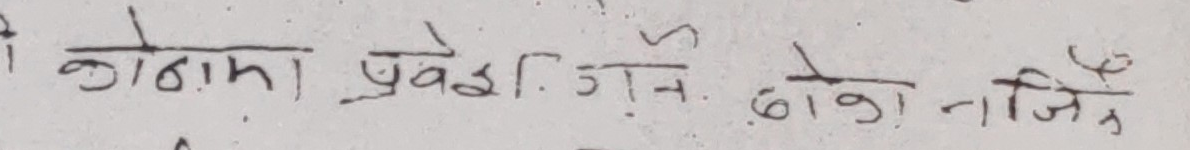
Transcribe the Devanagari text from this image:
कोठामा प्रवेश गर्ने ढोका नजिकै